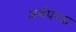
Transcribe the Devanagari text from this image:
अर्थपरक